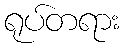
ရုပ်တရား